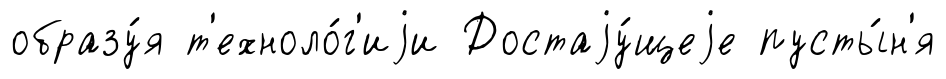
образу́я т'ехноло́г'иjи Достаjу́щеjе пусты́н'я